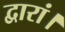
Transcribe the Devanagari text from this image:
द्वारां।